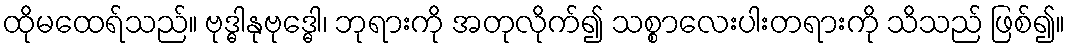
ထိုမထေရ်သည်။ ဗုဒ္ဓါနုဗုဒ္ဓေါ၊ ဘုရားကို အတုလိုက်၍ သစ္စာလေးပါးတရားကို သိသည် ဖြစ်၍။